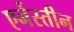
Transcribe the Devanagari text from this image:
एर्नेस्तीन